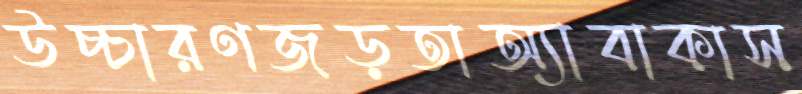
উচ্চারণজড়তাঅ্যাবাকাস